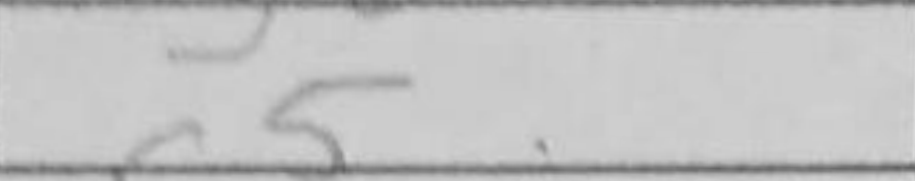
Transcription: c5